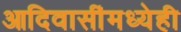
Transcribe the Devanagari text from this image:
आदिवासींमध्येही